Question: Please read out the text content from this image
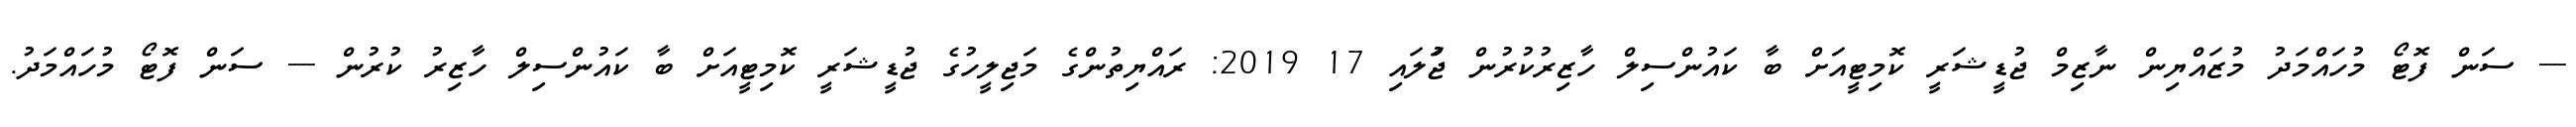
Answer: --- ސަން ފޮޓޯ މުހައްމަދު މުޒައްޔިން ނާޒިމް ޖުޑީޝަރީ ކޮމިޓީއަށް ބާ ކައުންސިލް ހާޒިރުކުރުން ޖުަލައި 17 2019: ރައްޔިތުންގެ މަޖިލީހުގެ ޖުޑީޝަރީ ކޮމިޓީއަށް ބާ ކައުންސިލް ހާޒިރު ކުރުން --- ސަން ފޮޓޯ މުހައްމަދު.